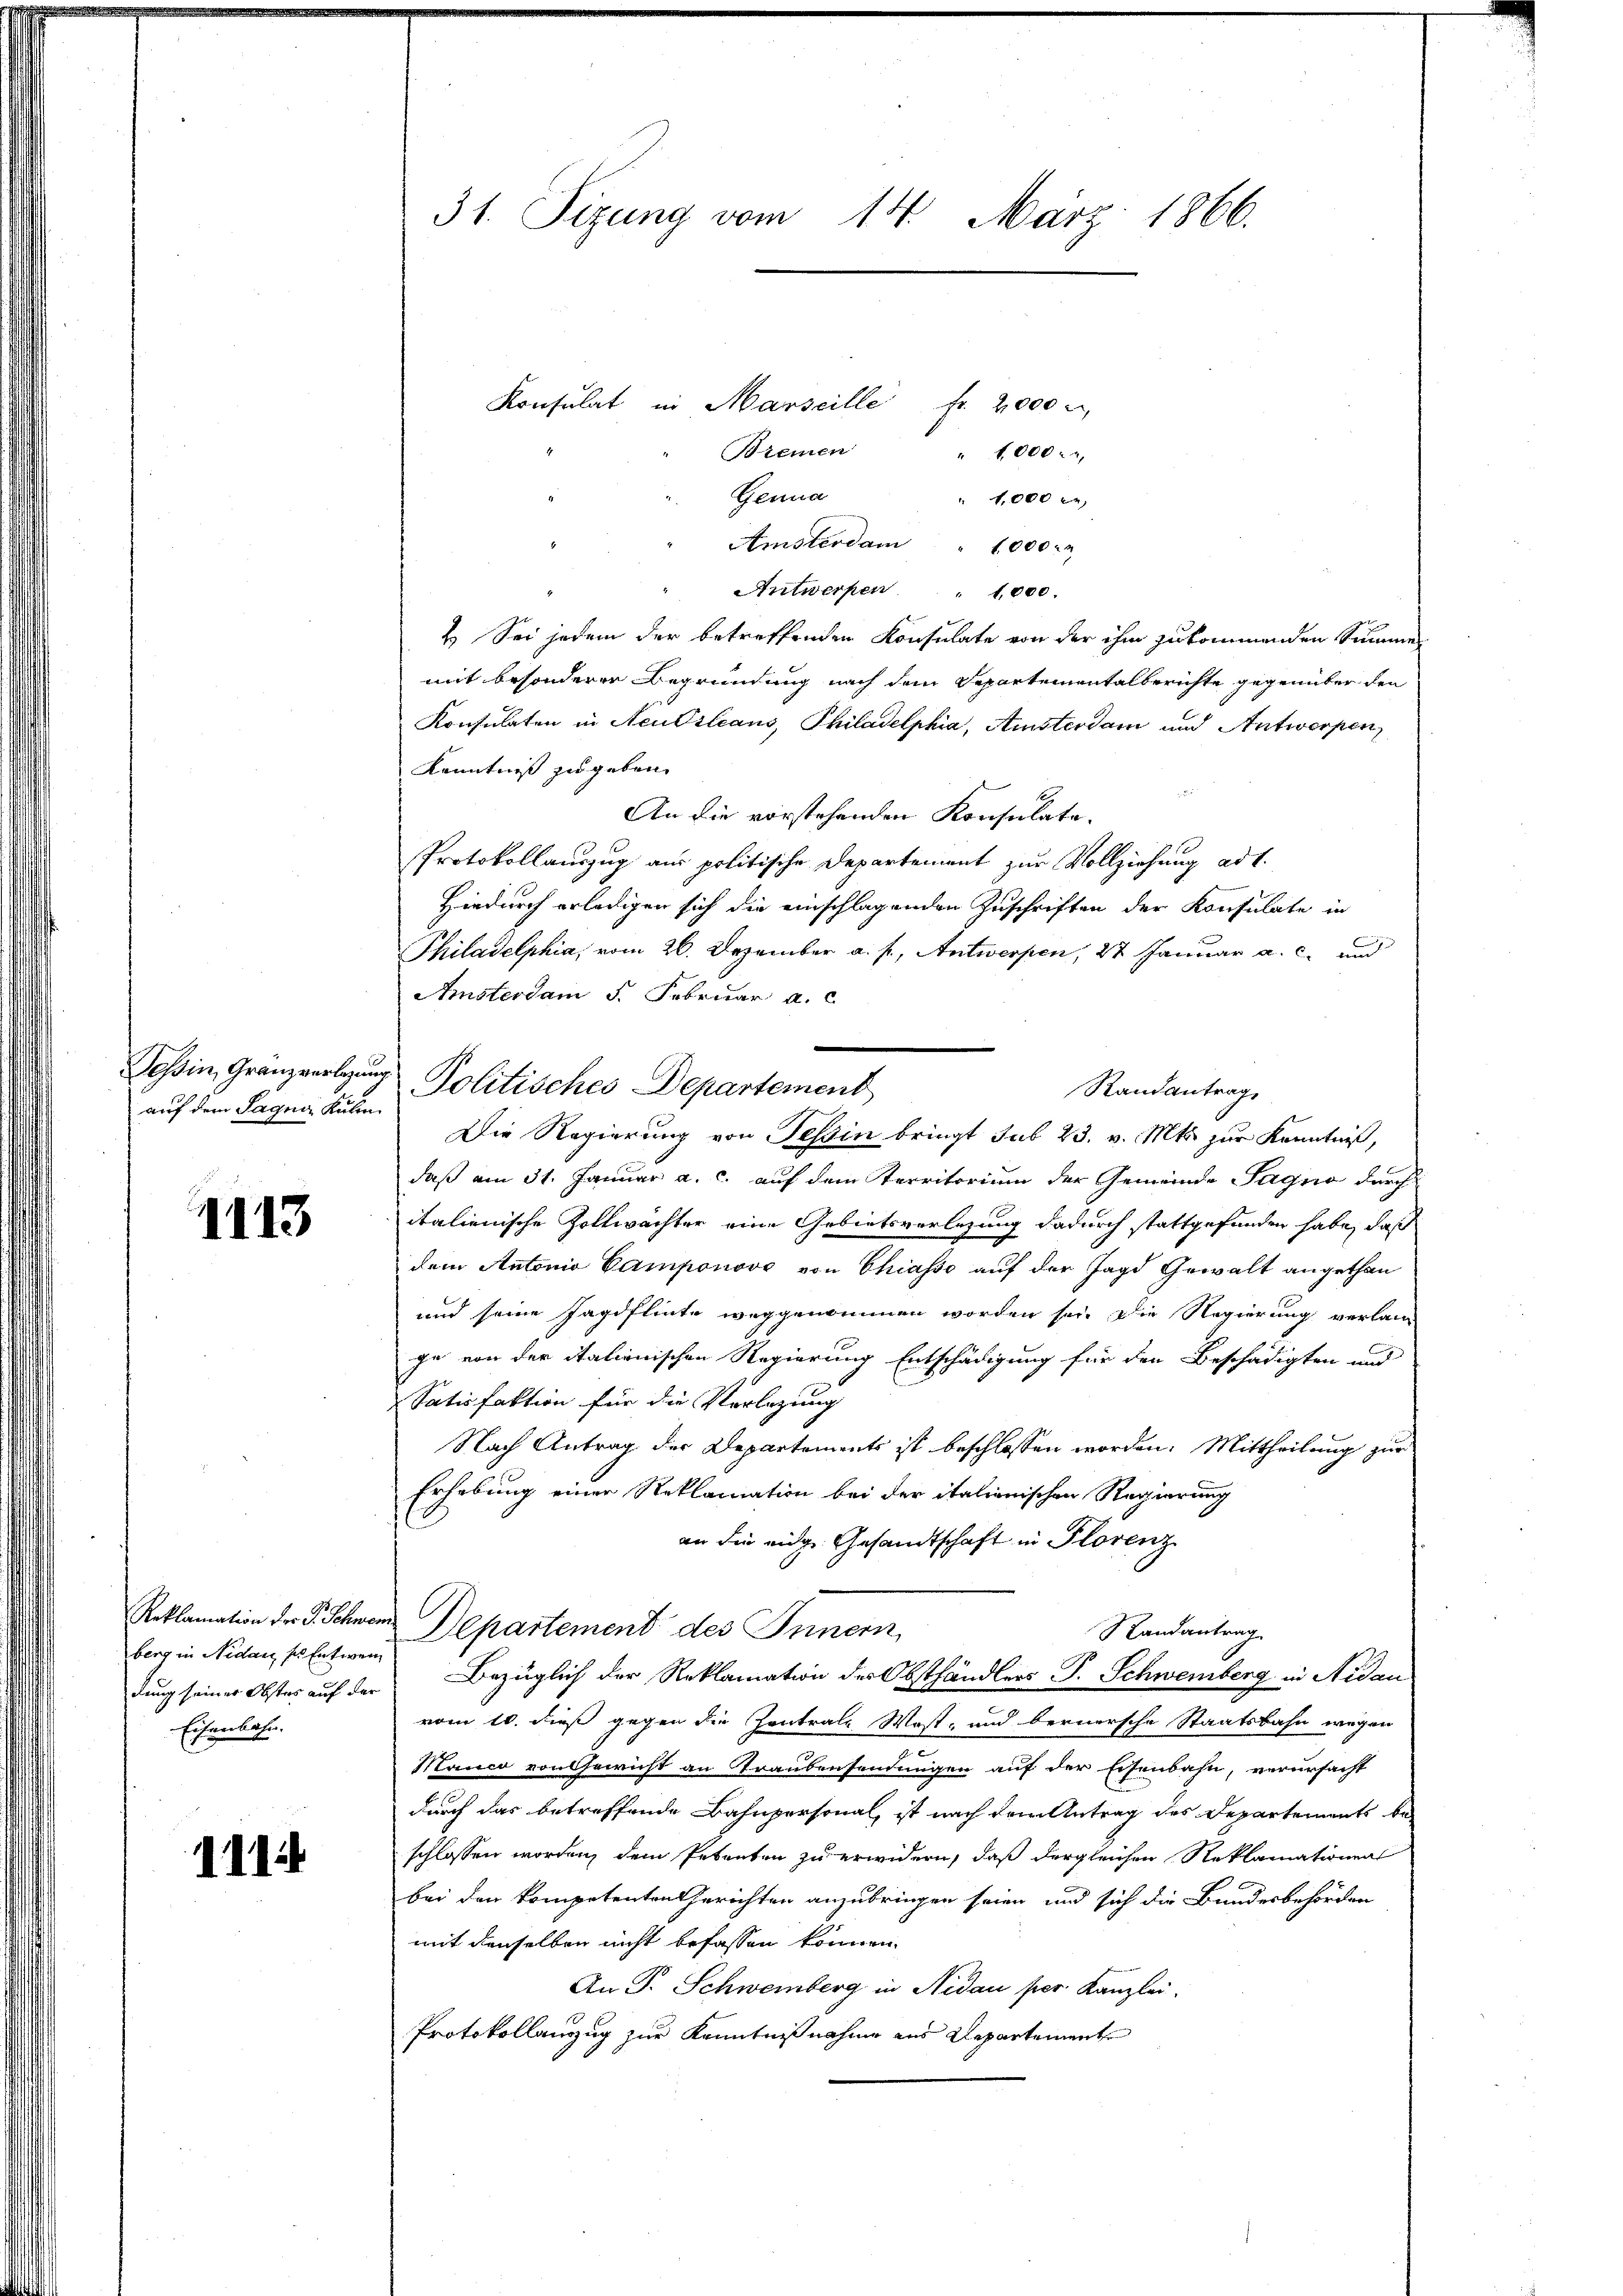
auf dem Sagner Kälin

4113

berg in Nidau sie Entwen
Eisenbahn.

1114

31. Sizung vom 14. März 1866.

Konsulat in Marseille fr. 2000 u
Bremen
" 1000
Genua
1,000
Amsterdam " 1000.
Antwerpen " 1000.
4 Sei jedem der betreffenden Konsulate von der ihm zukommenden Summe
mit besonderer Begründung nach dem Departementalberichte gegenüber den
Konsulaten in Aeussleans, Philadelphia, Amsterdam und Antwerpen
Kenntnis zu geben.
An die vorstehenden Konsulate.
Protokollauszug aus politische Departement zur Vollziehung ad 1.
Hiedurch erledigen sich die einschlagenden Zuschriften der Konsulate in
Philadelphia, vom 26. Dezember a. f., Antwerpen, 27 Januar a. c. und
Amsterdam 5. Februar a. c.
Randantrag
Die Regierung von Tessin bringt sub 23. v. Mts. zur Kenntniß,
daß am 31. Januar a. c. auf dem Territorium der Gemeinde Sagno durch
italienische Zollwächter eine Gebietsverlesung dadurch stattgefunden habe, daß
dem Antonio Camponovo von Chiasso auf der Jagd Gewalt angethan
und seine Jagdflinte weggenommen worden sei. Die Regierung verlan
ge von der italienischen Regierung Entschädigung für den Beschädigten und
Satisfaktion für die Verlegung
Nach Antrag der Departements ist beschlossen worden. Mittheilung zur
Erhebung einer Reklamation bei der italienischen Regierung
an die eige Gesandtschaft in Florenz
Reklamation der P. Schwein Departement des Innern,
Randantrag
dung seiner Obstes auf der Bezüglich der Reklamation des Obsthändlers J. Schwemberg in Nidau
vom 10. dieß gegen die Zentrale Wost- und bernersche Staatsbahn wegen
e
Manco von Gewicht an Traubensendungen auf der Eisenbahn, verursacht
durch das betreffende Bahnpersonal, ist nach dem Antrag des Departements beschlossen worden, dem Petenten zu erwidern, daß dergleichen Reklamationen
bei den kompetenten Gerichten anzubringen seien und sich die Bundesbehörden
mit denselben nicht befassen können.
An P. Schwemberg in Nidau per Kanzlei.
Protokollanzug zur Kenntnißnahme aus Departemente

Teßin, Gränzverlegung Politisches Departement